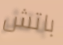
باتش